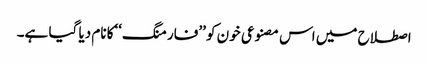
اصطلاح میں اس مصنوعی خون کو ’’فارمنگ‘‘کا نام دیا گیا ہے۔